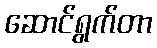
ဆောင်ရွက်တာ